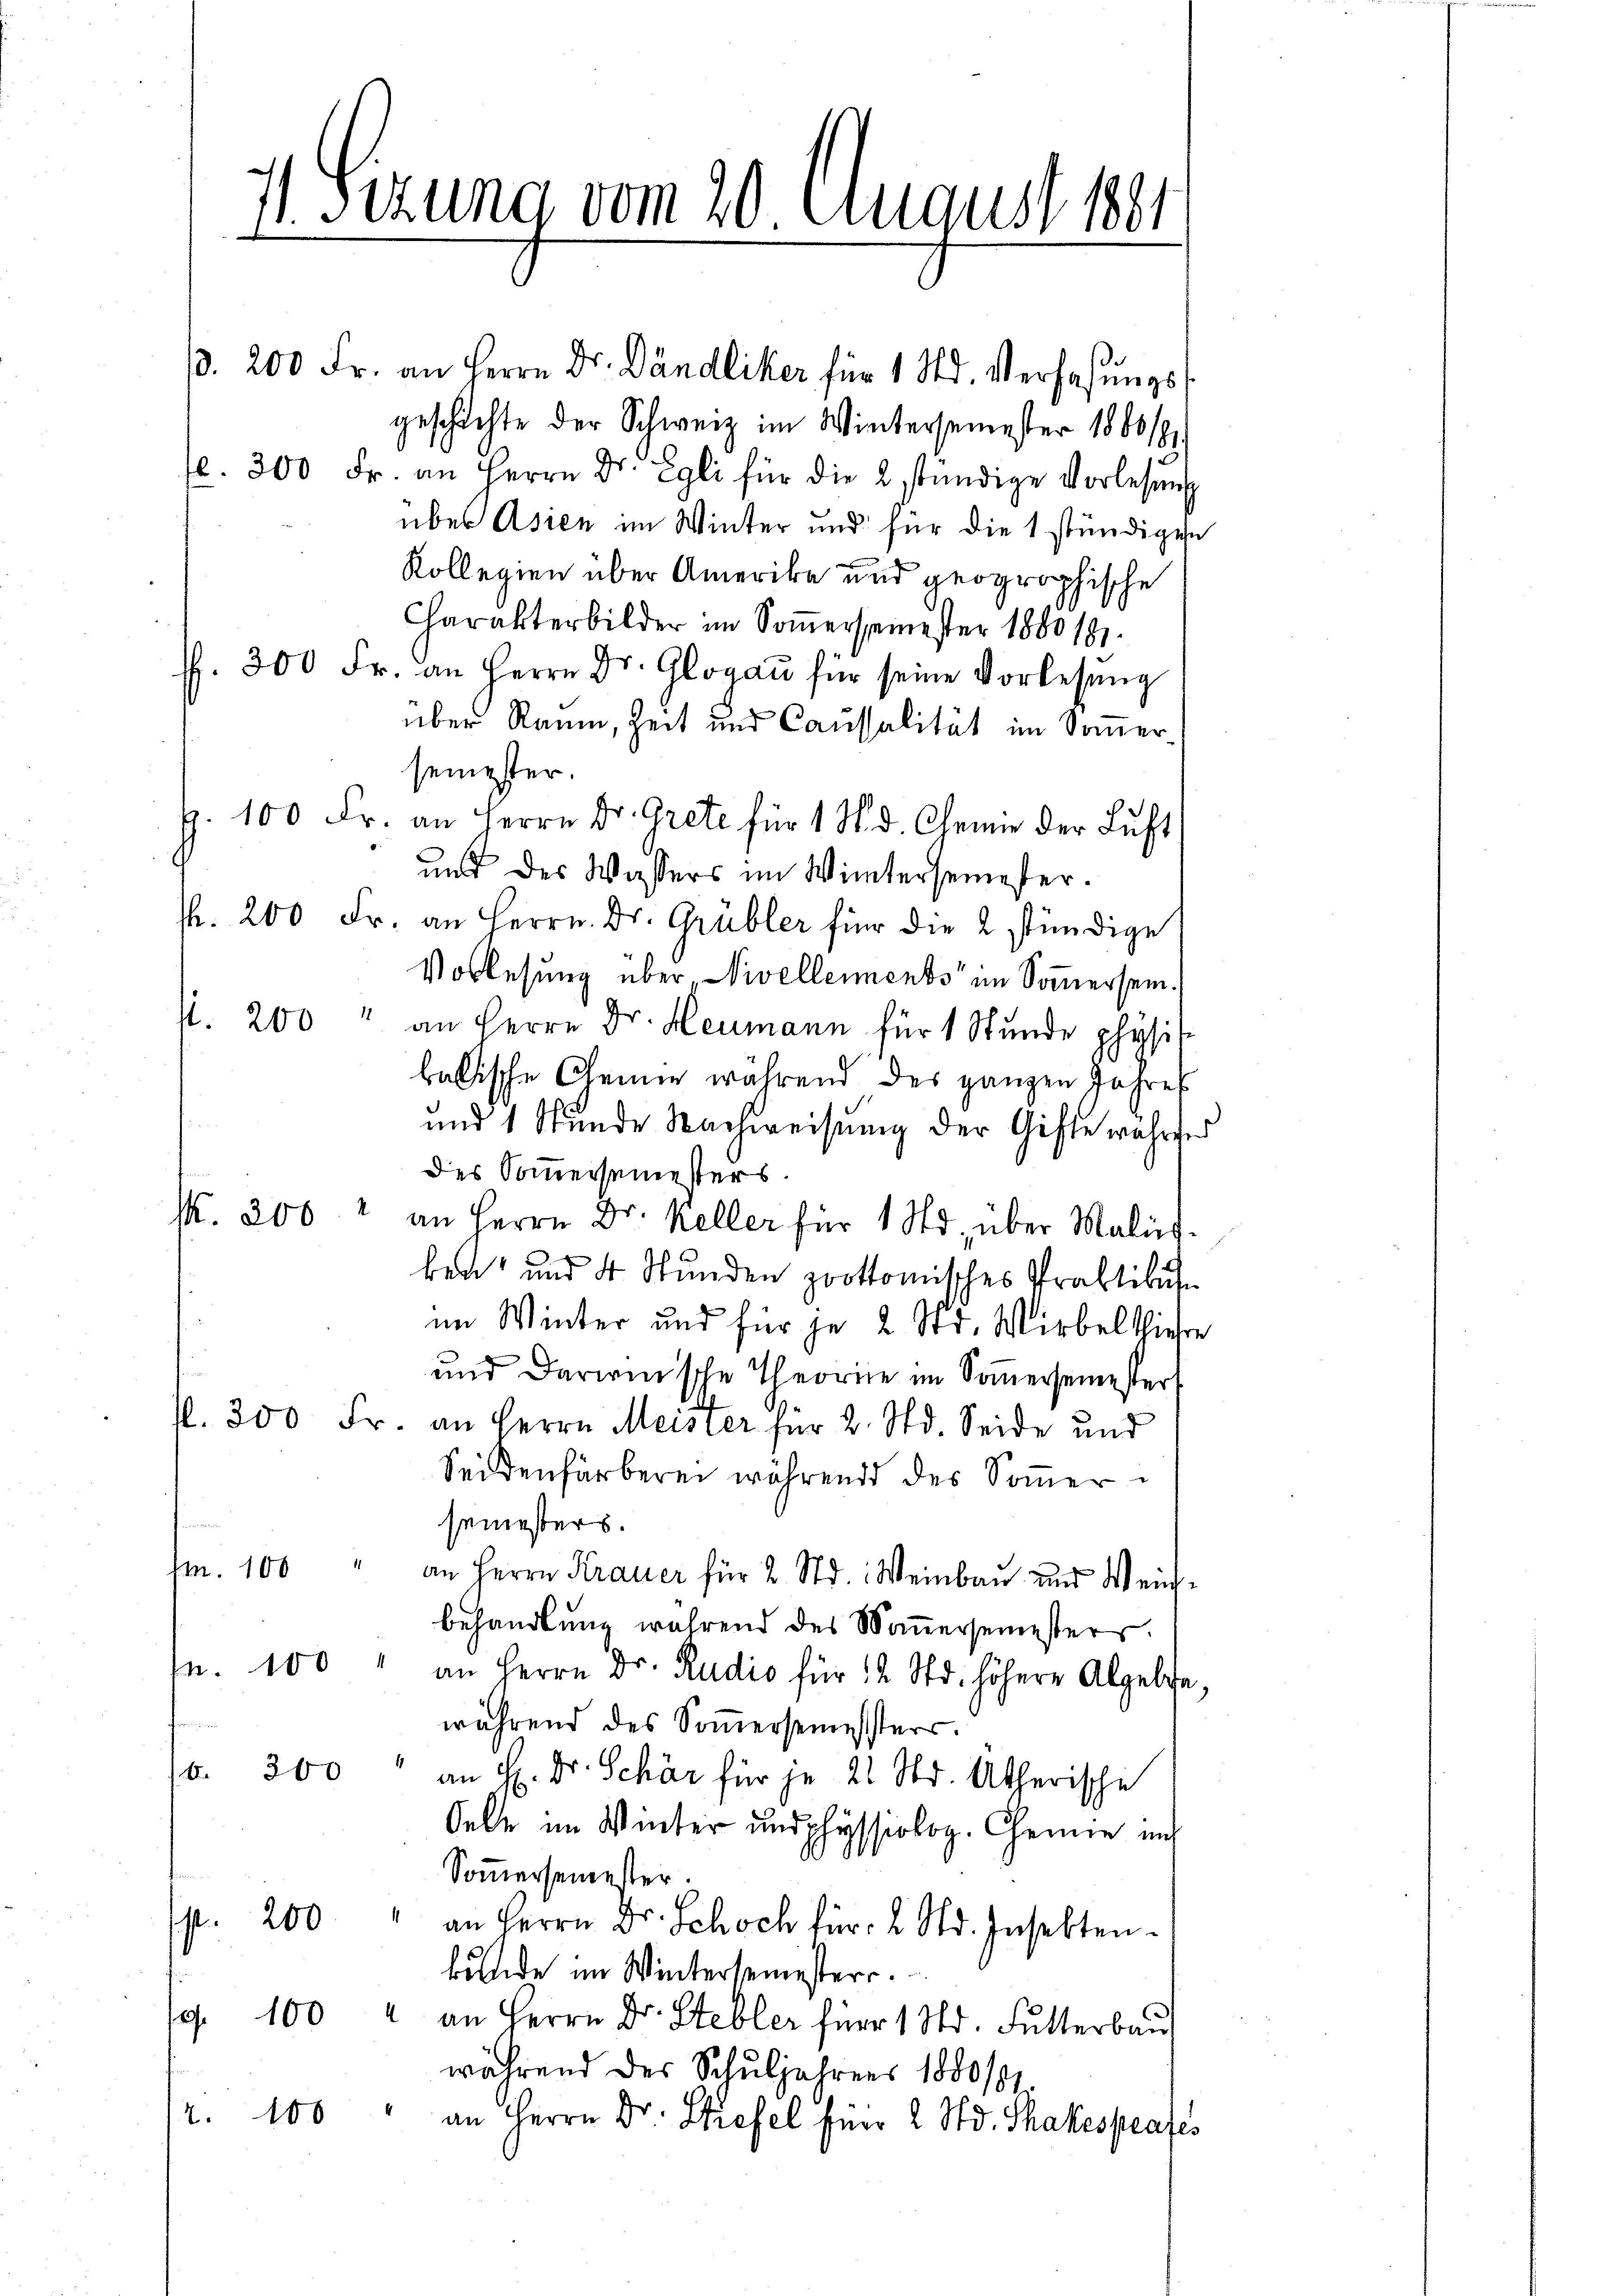
.
 Sizung vom 20. August 1881
.

ß. 200 Fr. an Herrn Dr. Dändliker für 1 Std. Verfaßungs
geschichte der Schweiz im Wintersemester 1860/61
f. 300 Fr. an Herrn Dr. Egli für die 2 stündige Vorlesung
über Asien im Winter und für die 1 stündigen
Kollegien über Amerika und geographische
Charakter bilder im Somersemester 1880181.
sp. 300 Fr. an Herrn Dr. Glogau für seine Vorlesung
über Raum, Zeit und Caussalität im Sommer-
semester.
Z. 100 Fr. an Herrn Dr. Grete für 1 S. d. Chenne der Luft
und des Wassers im Wintersemester.
f. 200 Fr. an Herrn. Dr. Grübler für die 2 stündige
Vorlesung über „Nivellements“ im Sommersein.
s. 200 " an Herrn Dr. Heumann für 1 Stunde physis
balische Chemie während des ganzen Jahres
und 1 Stunde Nachweisung der Gifte währten
des Sommersemesters.
k. 206 2 an Herrn Dr. Keller für 1 Std. über Malis-
d
ber“ und 4 Stunden prottomisches Praktikul
im Winter und für je 2 Std. Wirbelthiehe
und darirenische Theorne im Sommersemester
d. 300 Fr. an Herrn Meister für 2. Std. Seide und
Seidenfärberei während des Soṁersemesters.
m. 100 " an Herrn Krauer für 2 Std. Weinbau und Weich-
behandlung während des Somersemesters.
n. 100 " an Herrn Dr. Rudio für 12 Std. höhere Alpelfe,
während des Somersemesters.
. 300 an H. Dr. Schär für je 21 Std. Atherische
Oele im Winter und physiolog. Chemie auch
Sommersemester.
p. 200 " an Herrn Dr. Schoch für 2 Std. Insekten-
bände im Wintersemesterr.
sp. 100 " an Herrn Dr. Stebler für 1 Std. Futterban
während des Schuljahrens 1880/0
12. 100 " an Herrn Dr. Stiefel für 2 Std. Shakespeatés